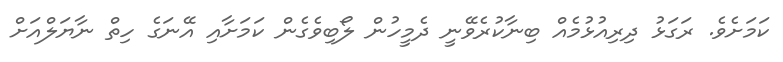
ކަމަށެވެ. ރަގަޅު ދިރިއުޅުމެއް ބިނާކުރެވޭނީ ދެމީހުން ލޯބިވެގެން ކަމަށާއި އޭނަގެ ހިތް ނާޔަލްއަށް